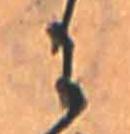
に